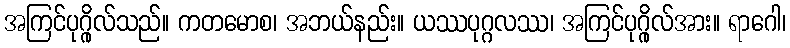
အကြင်ပုဂ္ဂိုလ်သည်။ ကတမောစ၊ အဘယ်နည်း။ ယဿပုဂ္ဂလဿ၊ အကြင်ပုဂ္ဂိုလ်အား။ ရာဂေါ၊